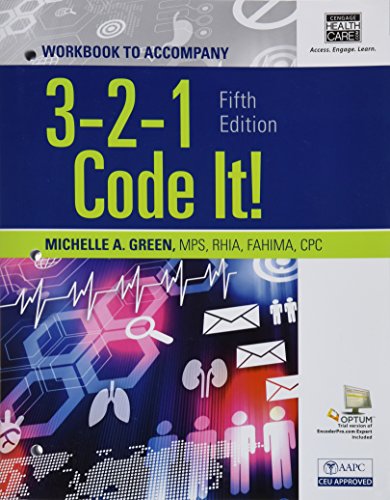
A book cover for Student Workbook for Green's 3,2,1 Code It!, 5th; Michelle A. Green; Medical Books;